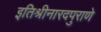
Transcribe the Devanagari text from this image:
इतिश्रीनारदपुराणे